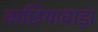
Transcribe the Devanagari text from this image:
कछियावाड़ा